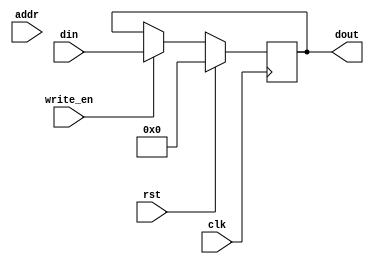
module LEDS #(
        parameter BASE_ADDR = 8'h 0A,
        data_width = 8
    ) (
        input wire clk,
        input wire [7:0] addr,
        input wire write_en,
        input wire rst,
        input wire [7:0] din,
        output wire [7:0] dout
    );

    reg [data_width-1:0] leds = 8'b 0;

    assign dout = leds;

    // leds register
    always @(posedge clk)
    begin
        if( rst ) leds <= 8'b 0;
        else if( write_en ) leds <= din;
        else leds <= leds;
    end

endmodule